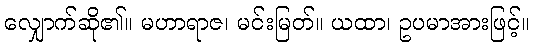
လျှောက်ဆို၏။ မဟာရာဇ၊ မင်းမြတ်။ ယထာ၊ ဥပမာအားဖြင့်။